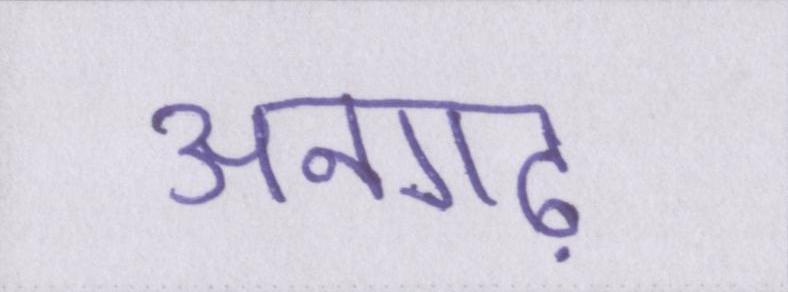
अनगढ़